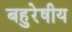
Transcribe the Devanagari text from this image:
बहुरेषीय